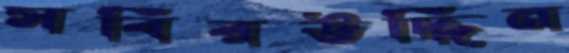
সবিরউদ্দিন